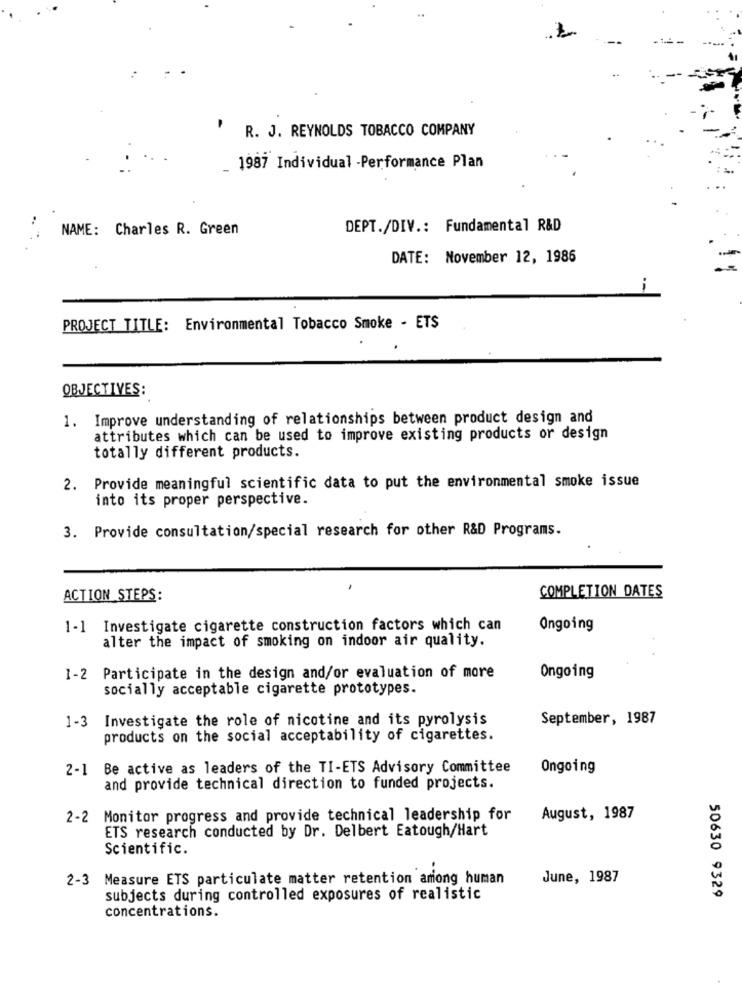
.2
' R. J. REYNOLDS TOBACCO COMPANY
1987 Individual -Performance Plan
NAME: Charles R. Green
DEPT./DIV .: Fundamental R&D
DATE: November 12, 1986
--
PROJECT TITLE: Environmental Tobacco Smoke - ETS
OBJECTIVES:
1. Improve understanding of relationships between product design and
attributes which can be used to improve existing products or design
totally different products.
2. Provide meaningful scientific data to put the environmental smoke issue
into its proper perspective.
3. Provide consultation/special research for other R&D Programs.
ACTION STEPS:
COMPLETION DATES
1-1 Investigate cigarette construction factors which can
Ongoing
alter the impact of smoking on indoor air quality.
1-2 Participate in the design and/or evaluation of more
Ongoing
socially acceptable cigarette prototypes.
1-3 Investigate the role of nicotine and its pyrolysis
September, 1987
products on the social acceptability of cigarettes.
2-1 Be active as leaders of the TI-ETS Advisory Committee
Ongoing
and provide technical direction to funded projects.
2-2 Monitor progress and provide technical leadership for
August, 1987
ETS research conducted by Dr. Delbert Eatough/Hart
Scientific.
2-3 Measure ETS particulate matter retention among human
June, 1987
50630 9329
subjects during controlled exposures of realistic
concentrations.